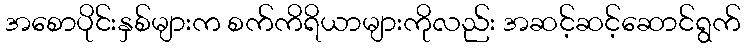
အစောပိုင်းနှစ်များက စက်ကိရိယာများကိုလည်း အဆင့်ဆင့်ဆောင်ရွက်